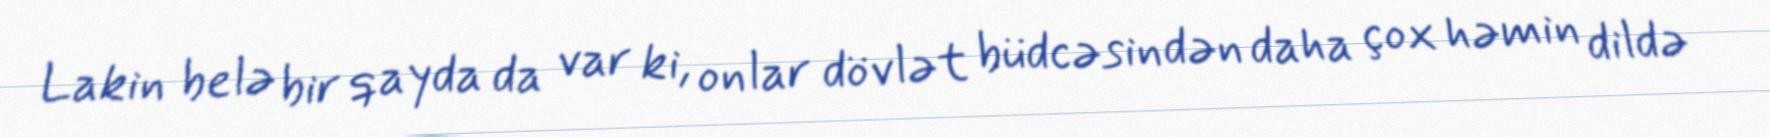
Lakin belə bir qayda da var ki, onlar dövlət büdcəsindən daha çox həmin dildə